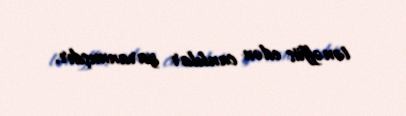
tənəffüs edən canlılar yaranmışdır.